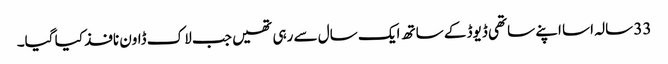
33 سالہ اسا اپنے ساتھی ڈیوڈ کے ساتھ ایک سال سے رہی تھیں جب لاک ڈاون نافذ کیا گیا۔